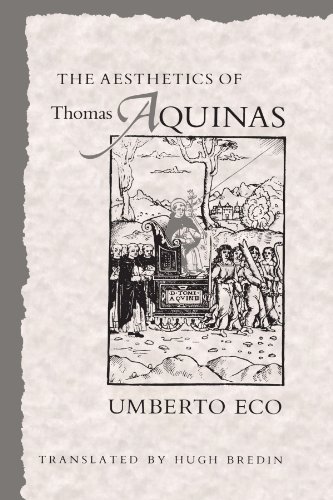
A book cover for The Aesthetics of Thomas Aquinas; Umberto Eco; Politics & Social Sciences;